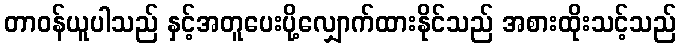
တာဝန်ယူပါသည် နှင့်အတူပေးပို့လျှောက်ထားနိုင်သည် အစားထိုးသင့်သည်